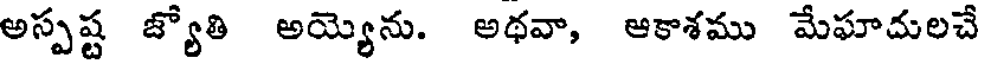
అస్పష్ట జ్యోతి అయ్యెను. అథవా, ఆకాశము మేఘాదులచే